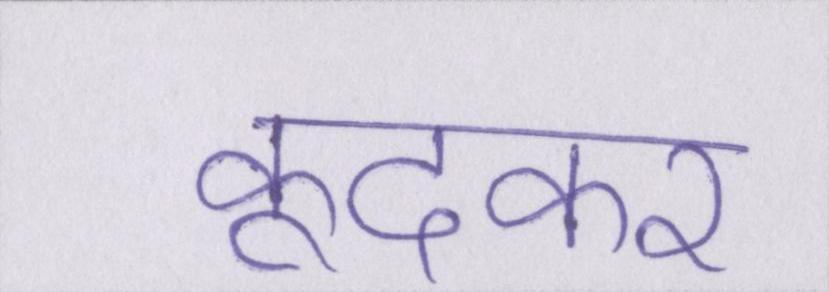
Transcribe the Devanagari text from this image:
कूदकर